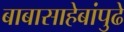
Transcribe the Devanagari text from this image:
बाबासाहेबांपुढे